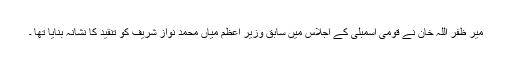
میر ظفر اللہ خان نے قومی اسمبلی کے اجلاس میں سابق وزیر اعظم میاں محمد نواز شریف کو تنقید کا نشانہ بنایا تھا ۔